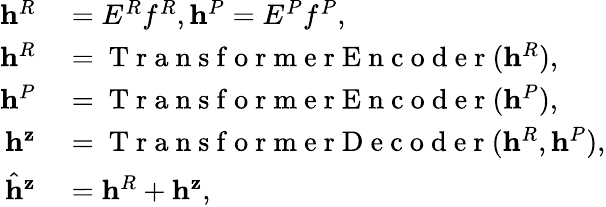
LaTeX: \begin{array}{rl}{\mathbf{h}^{R}}&{{}=E^{R}f^{R},\mathbf{h}^{P}=E^{P}f^{P},}\\ {\mathbf{h}^{R}}&{{}=\mathrm{~T~r~a~n~s~f~o~r~m~e~r~E~n~c~o~d~e~r~}(\mathbf{h}^{R}),}\\ {\mathbf{h}^{P}}&{{}=\mathrm{~T~r~a~n~s~f~o~r~m~e~r~E~n~c~o~d~e~r~}(\mathbf{h}^{P}),}\\ {\mathbf{h}^{\mathbf{z}}}&{{}=\mathrm{~T~r~a~n~s~f~o~r~m~e~r~D~e~c~o~d~e~r~}(\mathbf{h}^{R},\mathbf{h}^{P}),}\\ {\hat{\mathbf{h}}^{\mathbf{z}}}&{{}=\mathbf{h}^{R}+\mathbf{h}^{\mathbf{z}},}\end{array}